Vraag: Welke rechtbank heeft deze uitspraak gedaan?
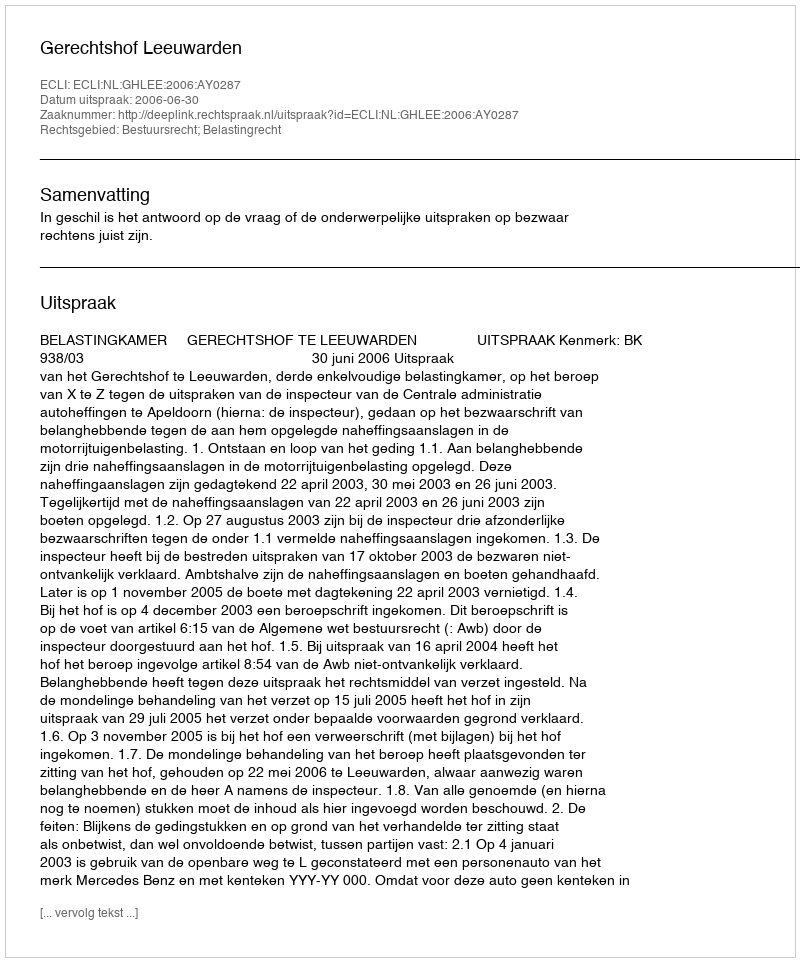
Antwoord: Gerechtshof Leeuwarden